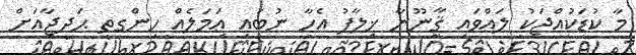
މާ ކުޑަކުއްޖަކު ލައްވައި ޤާނޫނާ ޚިލާފު އެހާ ނުބައި ޢަމަލެއް ހިންގީތީ ޙަދީޖާއަށް